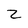
Character: Z